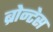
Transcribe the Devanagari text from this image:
ब्रोन्टेस